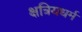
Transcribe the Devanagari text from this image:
क्षत्रियधर्म